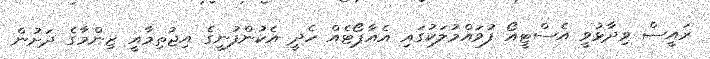
ރައީސް ވިދާޅުވީ އެސްޓީއޯ ފުވައްމުލަކުގައި އެއާޕޯޓެއް ހެދީ އެކުންފުނީގެ އިޖުތިމާއީ ޒިންމާގެ ދަށުން